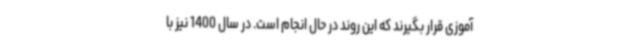
آموزی قرار بگیرند که این روند در حال انجام است. در سال 1400 نیز با